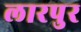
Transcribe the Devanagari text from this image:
लारपुर